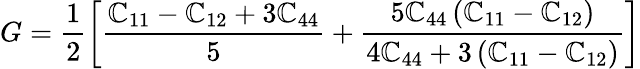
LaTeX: G=\frac{1}{2}\left[\frac{\mathbb{C}_{11}-\mathbb{C}_{12}+3\mathbb{C}_{44}}{5}+\frac{5\mathbb{C}_{44}\left(\mathbb{C}_{11}-\mathbb{C}_{12}\right)}{4\mathbb{C}_{44}+3\left(\mathbb{C}_{11}-\mathbb{C}_{12}\right)}\right]